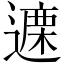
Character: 𫑃